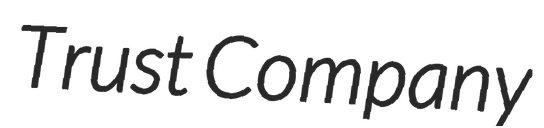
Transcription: Trust Company